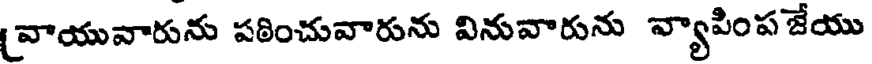
(వాయువారును పఠించువారును వినువారును వ్యాపింప జేయు